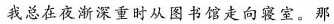
我总在夜渐深重时从图书馆走向寝室。那